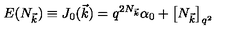
E ( N _ { \vec { k } } ) \equiv J _ { 0 } ( \vec { k } ) = q ^ { 2 N _ { \vec { k } } } \alpha _ { 0 } + \left[ N _ { \vec { k } } \right] _ { q ^ { 2 } }